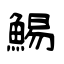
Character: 鯣